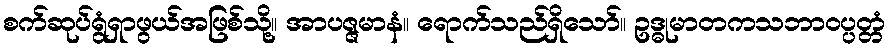
စက်ဆုပ်ရွံရှာဖွယ်အဖြစ်သို့။ အာပဇ္ဇမာနံ။ ရောက်သည်ရှိသော်။ ဥဒ္ဓုမာတကသဘာဝပ္ပတ္တံ